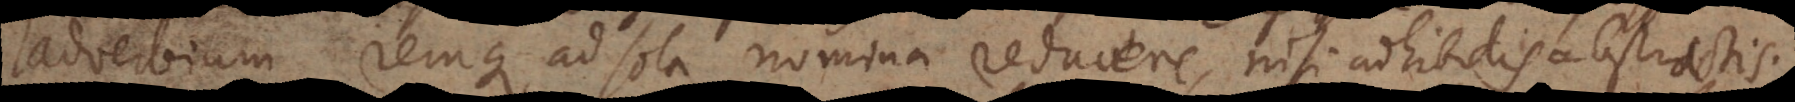
adverbium remque ad sola nomina reducere, nisi adhibitis abstractis.